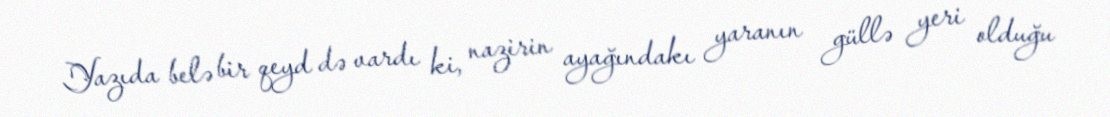
Yazıda belə bir qeyd də vardı ki, nazirin ayağındakı yaranın güllə yeri olduğu